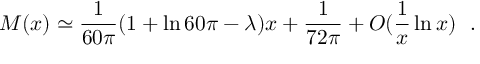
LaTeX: M ( x ) \simeq { \frac { 1 } { 6 0 \pi } } ( 1 + \ln 6 0 \pi - \lambda ) x + { \frac { 1 } { 7 2 \pi } } + O ( { \frac { 1 } { x } } \ln x ) ~ ~ .